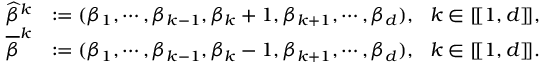
\begin{array} { r l } { \widehat { \beta } ^ { k } } & { : = ( \beta _ { 1 } , \cdots , \beta _ { k - 1 } , \beta _ { k } + 1 , \beta _ { k + 1 } , \cdots , \beta _ { d } ) , \ \ k \in [ \! [ 1 , d ] \! ] , } \\ { \overline { { \beta } } ^ { k } } & { : = ( \beta _ { 1 } , \cdots , \beta _ { k - 1 } , \beta _ { k } - 1 , \beta _ { k + 1 } , \cdots , \beta _ { d } ) , \ \ k \in [ \! [ 1 , d ] \! ] . } \end{array}